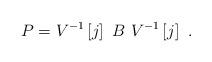
LaTeX: \begin{align*}P=V^{-1}\left[ j\right] \mathbb{~}B~V^{-1}\left[ j\right]^{}\ . \end{align*}